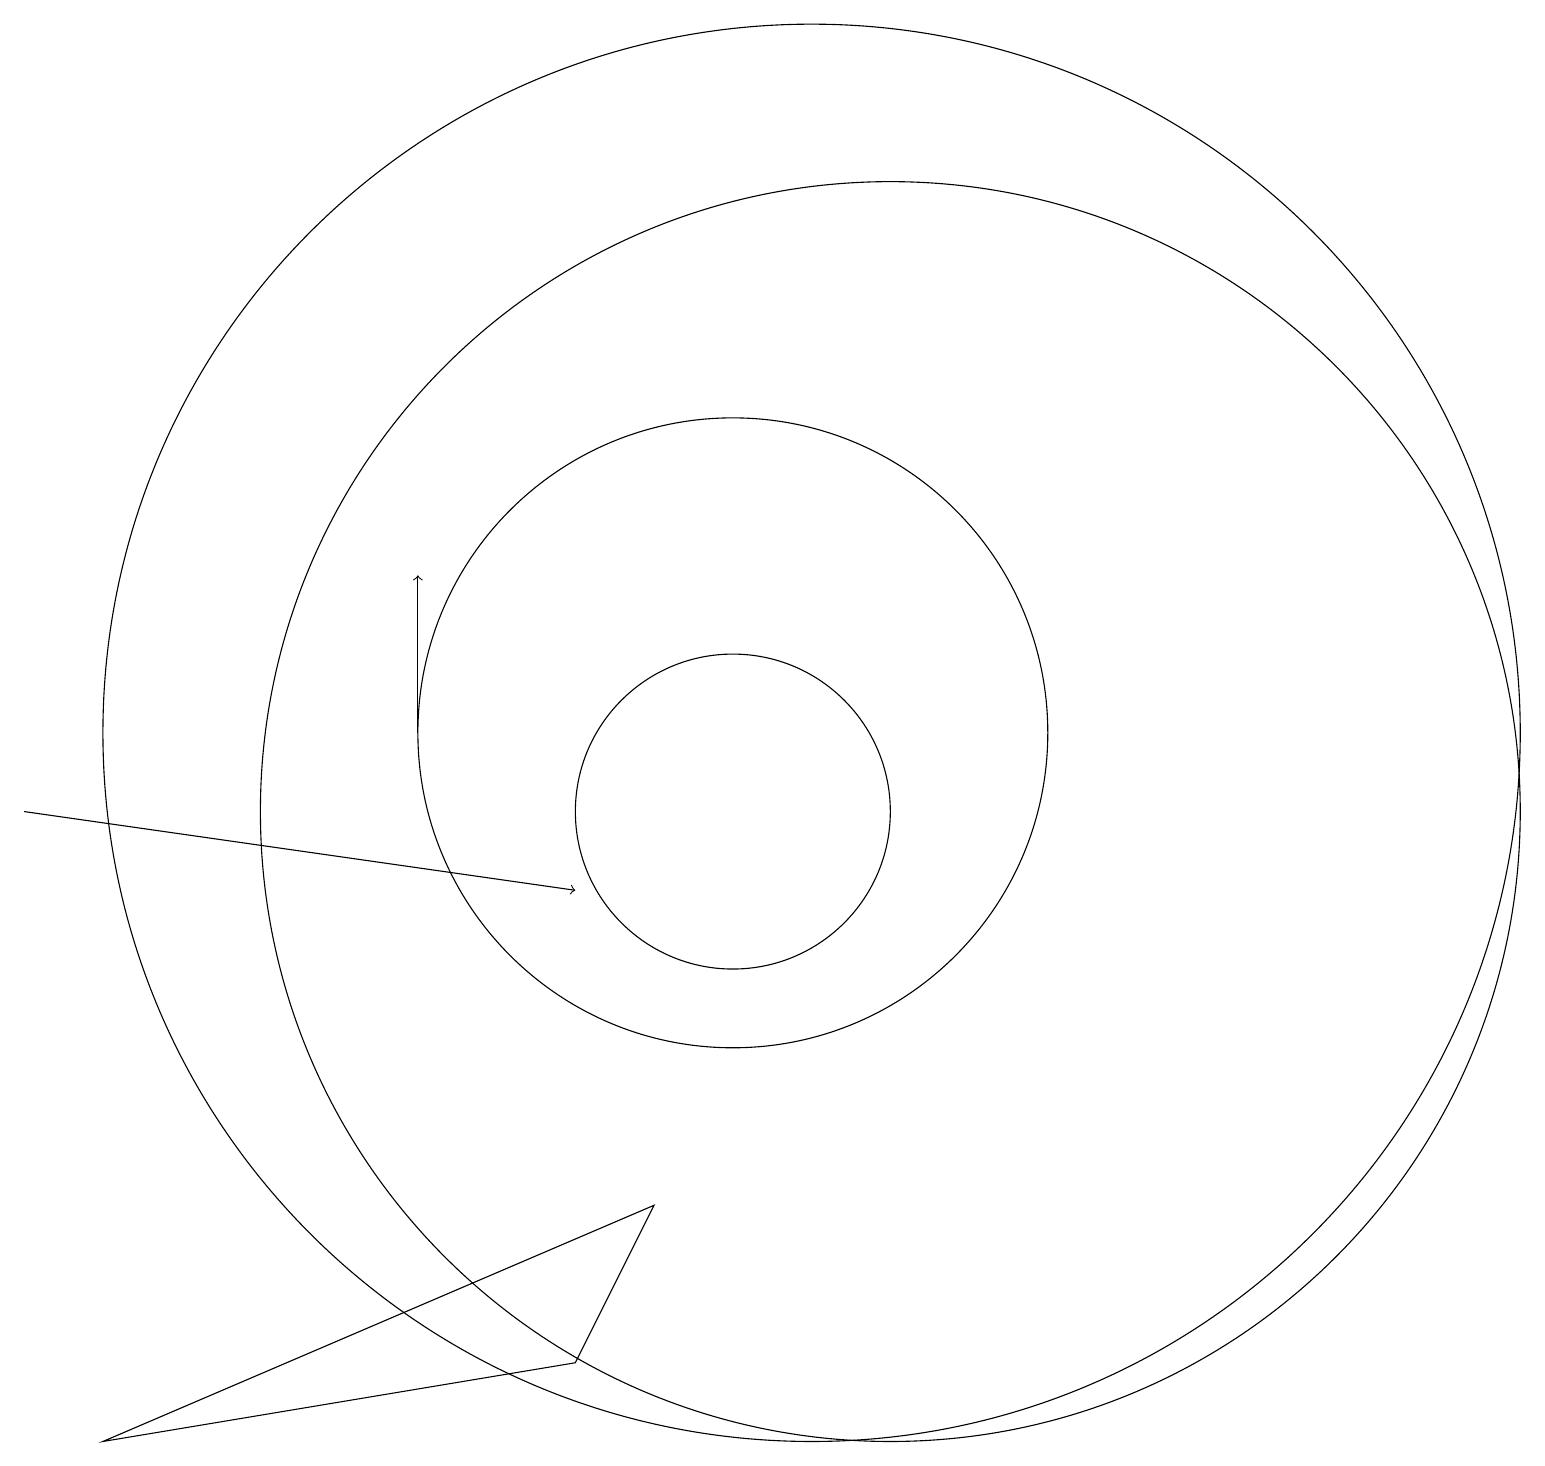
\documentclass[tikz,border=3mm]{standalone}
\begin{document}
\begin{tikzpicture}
\draw[->] (1,11) -- (8,10);
\draw[->] (6,12) -- (6,14);
\draw (8,4) -- (9,6) -- (2,3) -- cycle;
\draw (10,12) circle (4);
\draw (12,11) circle (8);
\draw (10,11) circle (2);
\draw (11,12) circle (9);
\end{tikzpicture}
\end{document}